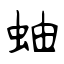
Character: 蚰